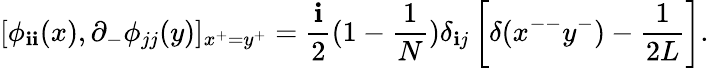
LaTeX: [\phi_{\mathbf{i}\mathbf{i}}(x),\partial_{-}\phi_{jj}(y)]_{x^{+}=y^{+}}=\frac{{\mathbf{i}}}{{2}}(1-\frac{{1}}{{N}})\delta_{\mathbf{i}j}\left[\delta(x^{--}y^{-})-\frac{{1}}{{2L}}\right].